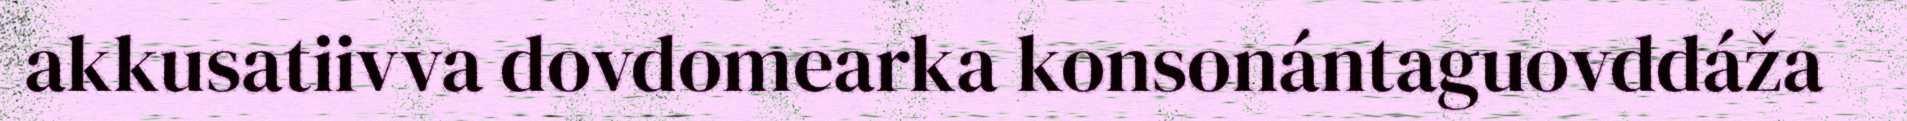
akkusatiivva dovdomearka konsonántaguovddáža